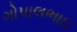
ગોપાલભાઇ